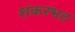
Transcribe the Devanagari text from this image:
शंकरभट